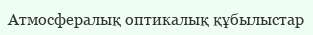
Атмосфералық оптикалық құбылыстар